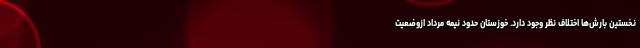
نخستین بارش‌ها اختلاف نظر وجود دارد. خوزستان حدود نیمه مرداد ازوضعیت